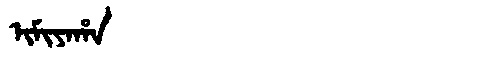
Manchu: ᡳᠮᡳᠶᠠᡥᠠ
Romanization: IMIYAHA